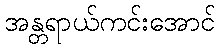
အန္တရာယ်ကင်းအောင်